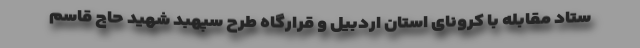
ستاد مقابله با کرونای استان اردبیل و قرارگاه طرح سپهبد شهید حاج قاسم